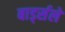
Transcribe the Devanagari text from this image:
बार्ड्सले